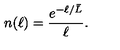
n ( \ell ) = { \frac { e ^ { - \ell / { \bar { L } } } } { \ell } } .